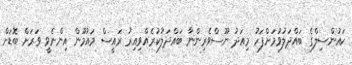
ކައުންސިލްގެ ބައްދަލުވުމަށްފަހު މިއަދު ނޫސްވެރިންނާ ބައްދަލުކުރެއްވިއިރު ރައީސް މައުމޫން އިންނެވީ ވަރަށް ބޮޑަށް